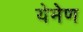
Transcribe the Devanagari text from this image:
येमेण